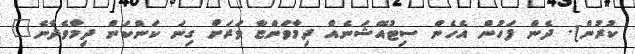
ކުރުން]. ދެން ފަހުން އެހެން ސިޓުއޭޝަނެއް ދިމާވަންޏާ ވަރަށް ގިނަ ކަންކަން ދިމާވެދާނެ"